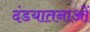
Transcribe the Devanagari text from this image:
दंडयातनाओं